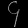
Digit: ၄